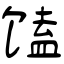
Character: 馌